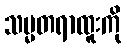
သမ္မတရာထူးကို